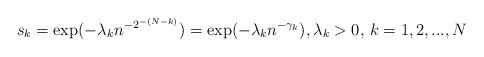
LaTeX: \begin{align*}s_{k}=\exp (-\lambda _{k}n^{-2^{-(N-k)}})=\exp (-\lambda _{k}n^{-\gamma_{k}}),\lambda _{k}>0,\,k=1,2,...,N \end{align*}